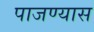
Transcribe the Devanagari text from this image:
पाजण्यास